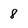
Character: 8